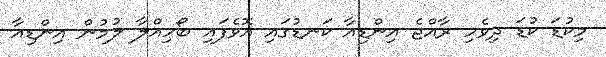
މިކުޑަ ކުޑަ ދިވެހި ރާއްޖެ އިންޑިއާ ކަނޑުގައި އޮވެފައި ބޯހިއްލާ ލުމުން އިންޑިއާ